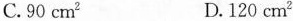
C.90cm^{2} D.120cm^{2}